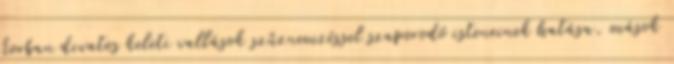
korban divatos keleti vallások szűznemzéssel szaporodó isteneinek hatása, mások